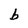
Character: b